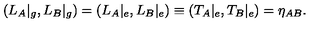
( L _ { A } | _ { g } , L _ { B } | _ { g } ) = ( L _ { A } | _ { e } , L _ { B } | _ { e } ) \equiv ( T _ { A } | _ { e } , T _ { B } | _ { e } ) = \eta _ { A B } .